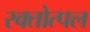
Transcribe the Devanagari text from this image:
रक्तोत्पल